Senior Leaving Certificate Examination (including Day School Certificate (Higher) General paper), 1949
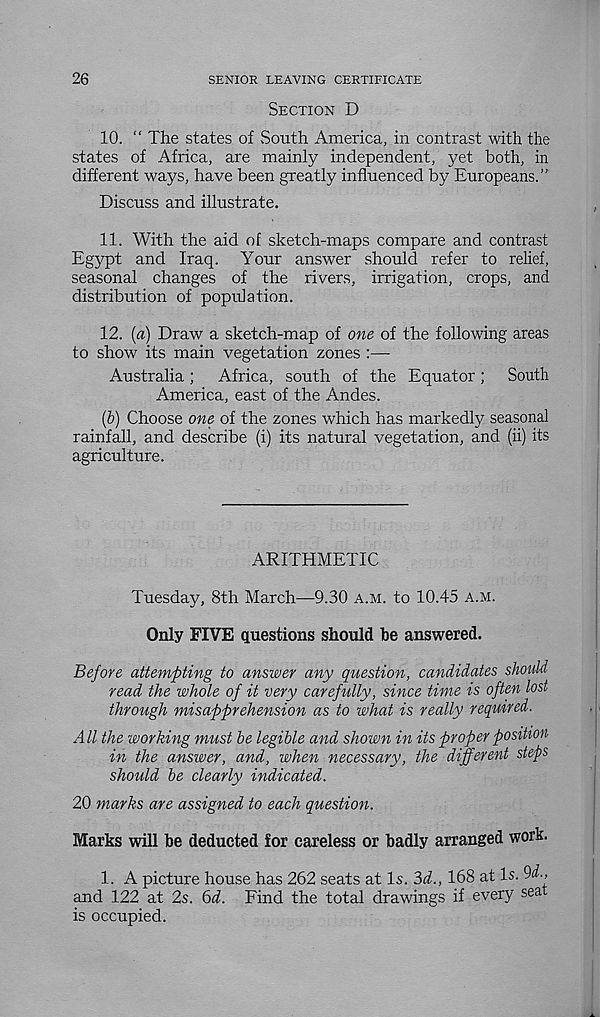
26
SENIOR LEAVING CERTIFICATE
SECTION D
10. “ The states of South America, in contrast with the
states of Africa, are mainly independent, yet both, in
different ways, have been greatly influenced by Europeans.”
Discuss and illustrate.
11. With the aid of sketch-maps compare and contrast
Egypt and Iraq. Your answer should refer to relief,
seasonal changes of the rivers, irrigation, crops, and
distribution of population.
12. (a) Draw a sketch-map of one of the following areas
to show its main vegetation zones :—
Australia;
Africa, south of the Equator;
South
America, east of the Andes.
(b) Choose one of the zones which has markedly seasonal
rainfall, and describe (i) its natural vegetation, and (ii) its
agriculture.
ARITHMETIC
Tuesday, 8th March—9.30 A.M. to 10.45 A.M.
Only FIVE questions should be answered.
Before attempting to answer any question, candidates should
read the whole of it very carefully, since time is often lost
through misapprehension as to what is really required.
All the working must be legible and shown in its proper position
in the answer, and, when necessary, the different steps
should be clearly indicated.
20 marks are assigned to each question.
Marks will be deducted for careless or badly arranged work.
1. A picture house has 262 seats at Is. 3i., 168 at Is. Qd.,
and 122 at 2s. 6d. Find the total drawings if every sea
is occupied.